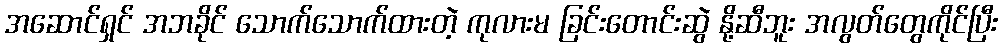
အဆောင်ရှင် အဘခိုင် သောက်သောက်ထားတဲ့ ကုလားမ ခြင်းတောင်းဆွဲ နို့ဆီဘူး အလွတ်တွေကိုင်ပြီး